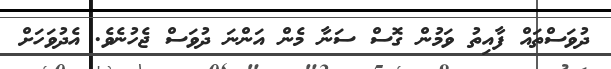
ދުވަސްތައް ފާއިތު ވަމުން ގޮސް ސަނާ މެން އަންނަ ދުވަސް ޖެހުނެވެ. އެދުވަހަށް